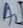
Text: A2